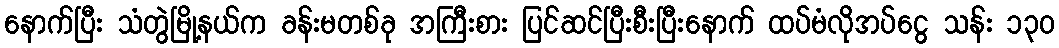
နောက်ပြီး သံတွဲမြို့နယ်က ခန်းမတစ်ခု အကြီးစား ပြင်ဆင်ပြီးစီးပြီးနောက် ထပ်မံလိုအပ်ငွေ သန်း ၁၃၀